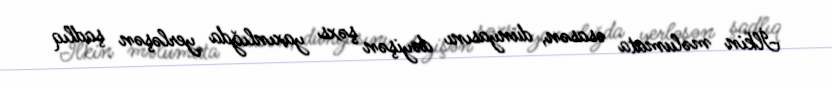
İlkin məlumata əsasən, dünyasını dəyişən şəxs yaxınlığda yerləşən şadlıq